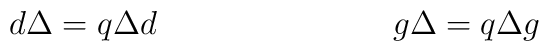
d \Delta  = q \Delta d \hskip 3 cmg\Delta  = q \Delta g